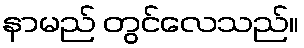
နာမည် တွင်လေသည်။